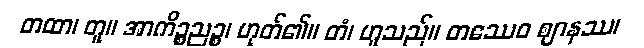
တထာ၊ တူ။ အာကိဉ္စညဉ္စ၊ ဟုတ်၏။ တံ၊ ဟူသည်။ တဿေဝ ဈာနဿ၊